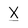
Character: X